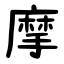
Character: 摩